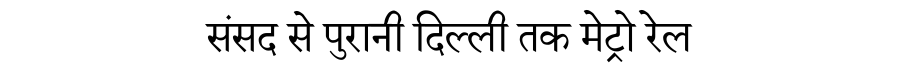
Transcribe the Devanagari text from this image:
संसद से पुरानी दिल्ली तक मेट्रो रेल